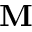
\mathbf { M }